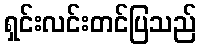
ရှင်းလင်းတင်ပြသည်